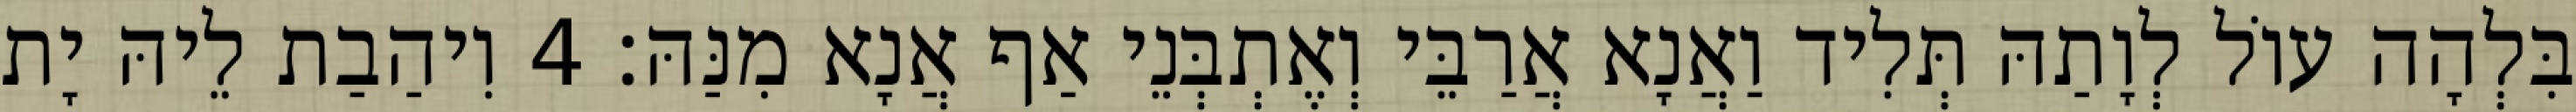
בִּלְהָה עוֹל לְוָתַהּ תְּלִיד וַאֲנָא אֲרַבֵּי וְאֶתְבְּנֵי אַף אֲנָא מִנַּהּ׃ 4 וִיהַבַת לֵיהּ יָת